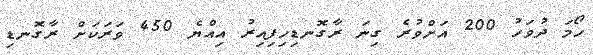
ހޯމަ ދުވަހު 200 އަށްވުރެ ގިނަ ރާގޮނޑިހިފިއިރު އިއްޔެ 450 ވަރަކަށް ރާގޮނޑި